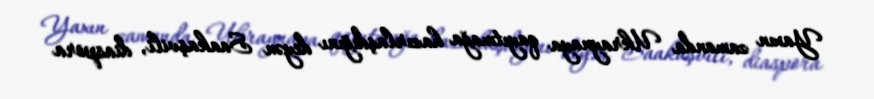
Yaxın zamanda Ukraynaya qayıtmağa hazırlaşdığını deyən Saakaşvili, diaspora